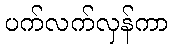
ပက်လက်လှန်ကာ